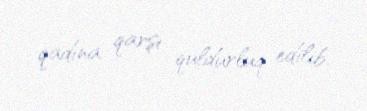
qadına qarşı quldurluq edilib.